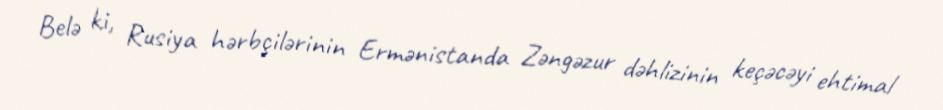
Belə ki, Rusiya hərbçilərinin Ermənistanda Zəngəzur dəhlizinin keçəcəyi ehtimal